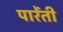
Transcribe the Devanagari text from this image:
पारेंती